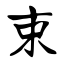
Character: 束